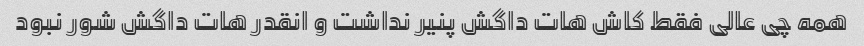
همه چی عالی فقط کاش هات داگش پنیر نداشت و انقدر هات داگش شور نبود